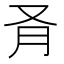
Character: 𪠥